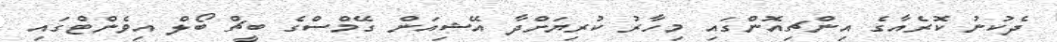
ދެކުނު ކޮރެއާގެ އިންޗިއޮންގައި މިހާރު ކުރިޔަށްދާ އޭޝިއަން ގޭމްސްގެ ބީޗް ބޯލް އިވެންޓްގައި